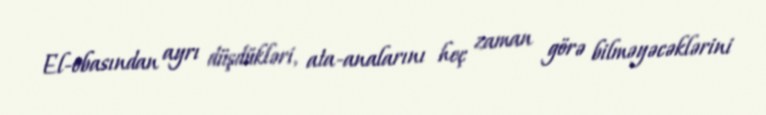
El-obasından ayrı düşdükləri, ata-analarını heç zaman görə bilməyəcəklərini